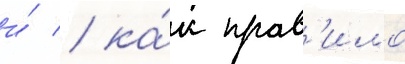
и́ / ка́к прав'ило